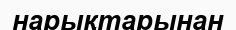
нарықтарынан